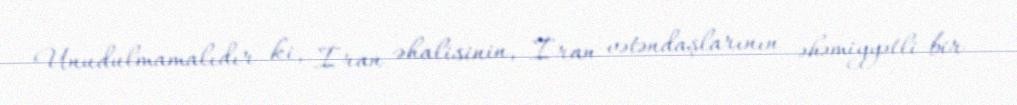
Unudulmamalıdır ki, İran əhalisinin, İran vətəndaşlarının əhəmiyyətli bir